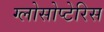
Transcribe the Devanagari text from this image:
ग्लोसोप्टेरिस